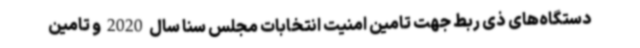
دستگاه‌های ذی ربط جهت تامین امنیت انتخابات مجلس سنا سال 2020 و تامین